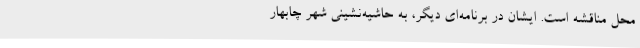
محل مناقشه است. ایشان در برنامه‌ای دیگر، به حاشیه‌نشینی شهر چابهار